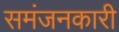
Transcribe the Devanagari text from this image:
समंजनकारी